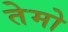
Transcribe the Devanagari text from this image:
तेमो